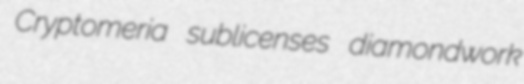
Cryptomeria sublicenses diamondwork